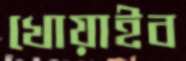
খোয়াইব